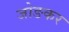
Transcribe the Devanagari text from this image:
जोङकर